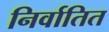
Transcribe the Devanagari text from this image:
निर्वातित